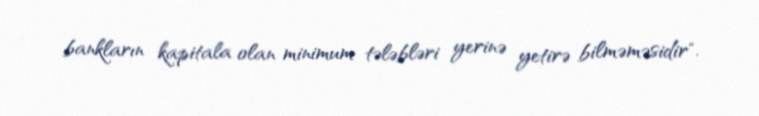
bankların kapitala olan minimum tələbləri yerinə yetirə bilməməsidir".